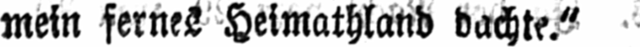
mein fernes Heimathland dachte.“